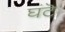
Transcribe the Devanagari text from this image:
घंटॆ